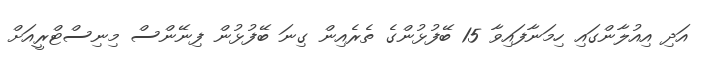
އަދި އިއުލާންގައި ހިމަނާފައިވާ 15 ބޭފުޅުންގެ ތެރެއިން ގިނަ ބޭފުޅުން ފިނޭންސް މިނިސްޓްރީއަށް